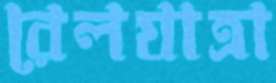
রেলযাত্রা